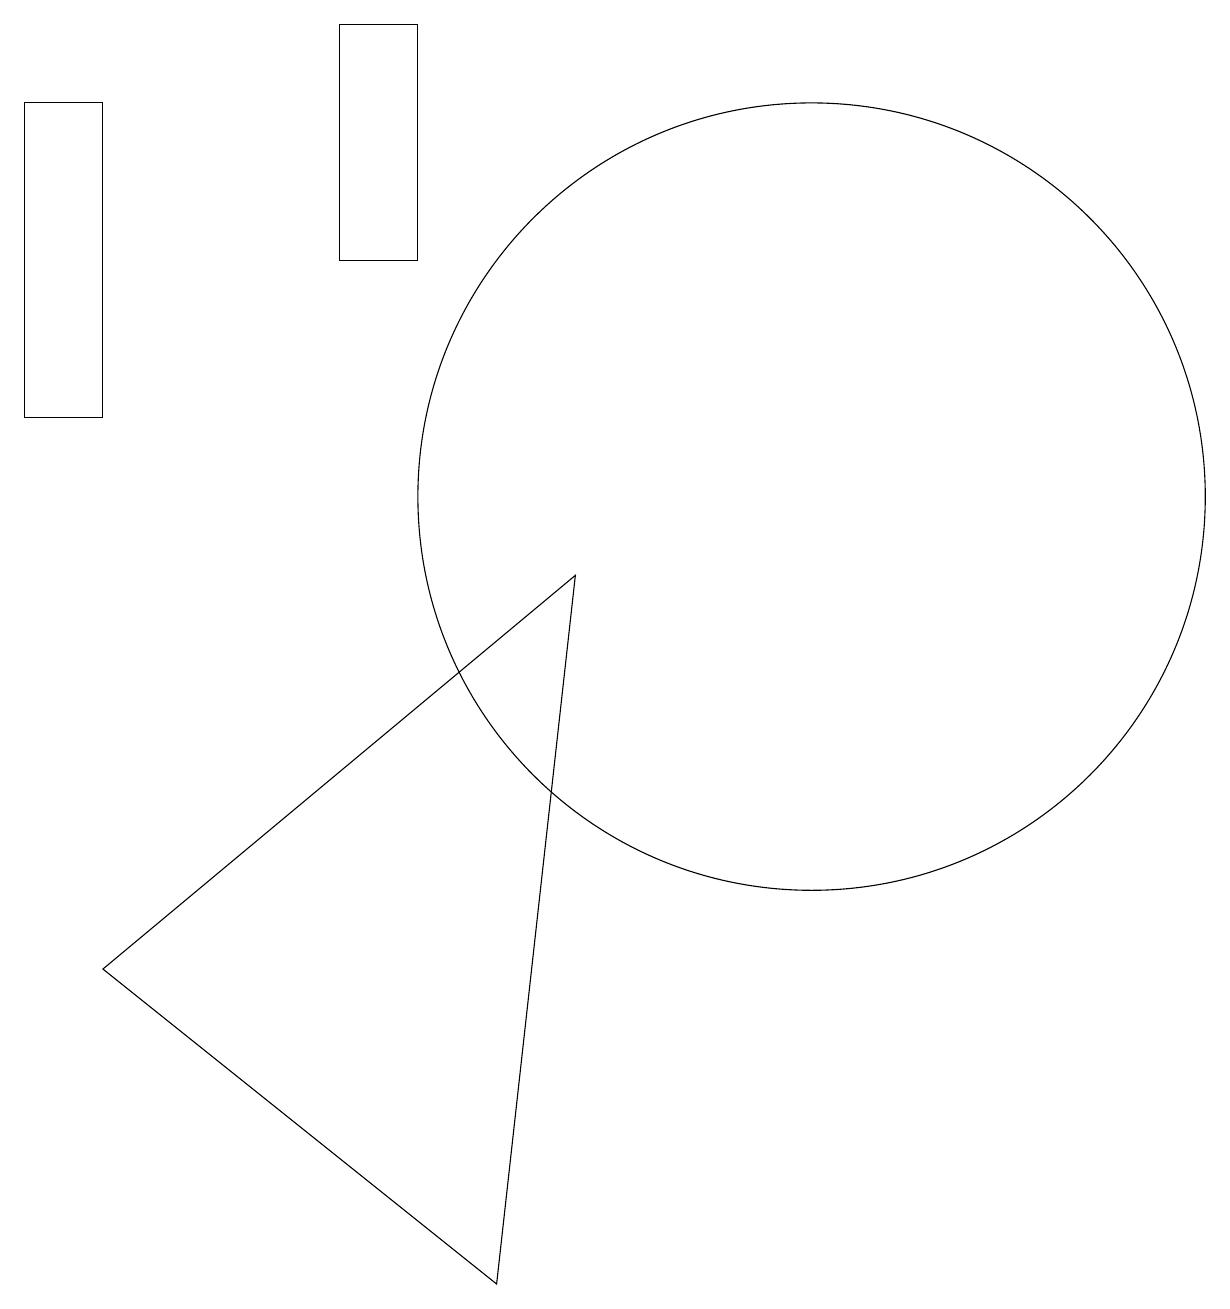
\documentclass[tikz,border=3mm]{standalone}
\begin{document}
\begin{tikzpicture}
\draw (2,15) rectangle (1,11);
\draw (6,16) rectangle (5,13);
\draw (11,10) circle (5);
\draw (2,4) -- (7,0) -- (8,9) -- cycle;
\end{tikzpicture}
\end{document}